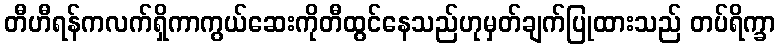
တီဟီရန်ကလက်ရှိကာကွယ်ဆေးကိုတီထွင်နေသည်ဟုမှတ်ချက်ပြုထားသည် တပ်ရိက္ခာ